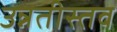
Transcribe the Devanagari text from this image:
उन्नतीस्तव